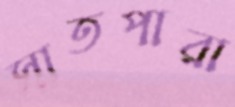
সাতপারা